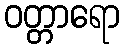
ဝတ္တာရော